Vaccination report Assam 1874-1896 - 1874-1896
Year: 1874
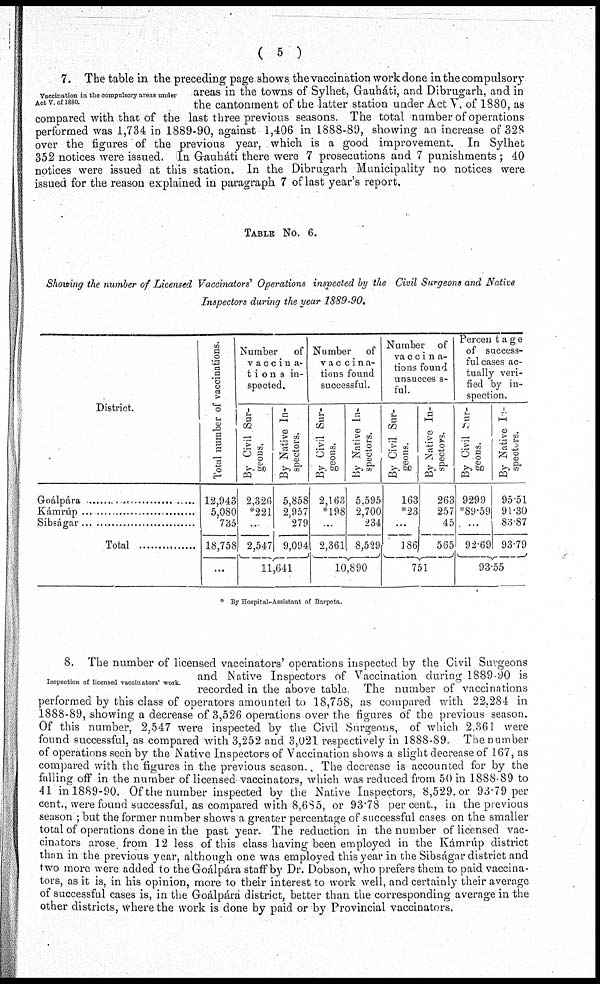
( 5 )
Vaccination in the compulsory areas under
Act V. of 1880.
7. The table in the preceding page shows the vaccination work done in the compulsory
areas in the towns of Sylhet, Gauháti, and Dibrugarh, and in
the cantonment of the latter station under Act V. of 1880, as
compared with that of the last three previous seasons. The total number of operations
performed was 1,734 in 1889-90, against 1,406 in 1888-89, showing an increase of 328
over the figures of the previous year, which is a good improvement. In Sylhet
352 notices were issued. In Gauháti there were 7 prosecutions and 7 punishments ; 40
notices were issued at this station. In the Dibrugarh Municipality no notices were
issued for the reason explained in paragraph 7 of last year's report.
TABLE NO.6.
Showing the number of Licensed Vaccinators' Operations inspected by the Civil Surgeons and Native
Inspectors during the year 1889-90.
District.
Goálpára ........................
Kámrúp ........................
Sibságar ......................
Total
Total number of vaccinations.
12,943
5,080
735
18,758
...
Number
of
vaccina-
tions in-
spected.
By Civil Sur-
geons.
2,326
*221
...
2,547
By Native In-
spectors.
5,858
2,957
279
9,094
11,641
Number of
vaccina-
tions found
successful.
By Civil Sur-
geons.
2,163
*198
...
2,361
By Native In-
spectors.
5,595
2,700
234
8,529
10,890
Number of
vaccina-
tions found
unsuccess-
ful.
By Civil Sur-
geons.
163
*23
...
186
By Native In-
spectors.
263
257
45
565
751
Percentage
of success-
ful cases ac-
tually veri-
fied by in-
spection.
By Civil Sur-
geons.
92.99
*89.59
...
92.69
By Native In-
spectors.
95.51
91.30
83.87
93.79
93.55
* By Hospital-Assistant of Barpeta.
Inspection of licensed vaccinators' work.
8. The number of licensed vaccinators' operations inspected by the Civil Surgeons
and Native Inspectors of Vaccination during 1889-90 is
recorded in the above table
The number of vaccinations
performed by this class of operators amounted to 18,758, as compared with 22.284 in
1888-89, showing a decrease of 3,526 operations over the figures of the previous season.
Of this number, 2,547 were inspected by the Civil Surgeons, of which 2,361 were
found successful, as compared with 3,252 and 3,021 respectively in 1888-89. The number
of operations seen by the Native Inspectors of Vaccination shows a slight decrease of 167, as
compared with the figures in the previous season. The decrease is accounted for by the
falling off in the number of licensed vaccinators, which was reduced from 50 in 1888-89 to
41 in 1889-90. Of the number inspected by the Native Inspectors, 8,529. or 93.79 per
cent., were found successful, as compared with 8,685, or 93.78 per.cent., in the previous
season ; but the former number shows a greater percentage of successful cases on the smaller
total of operations done in the past year. The reduction in the number of licensed vac-
cinators arose from 12 less of this class having been employed in the Kámrúp district
than in the previous year, although one was employed this year in the Sibságar district and
two more were added to the Goálpára staff by Dr. Dobson, who prefers them to paid vaccina-
tors, as it is, in his opinion, more to their interest to work well, and certainly their average
of successful cases is, in the Goálpárá district, better than the corresponding average in the
other districts, where the work is done by paid or by Provincial vaccinators.